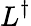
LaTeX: L^{\dagger}